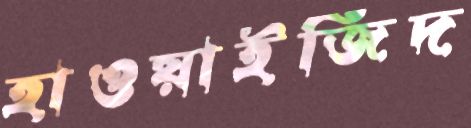
হাওয়াইজিদ